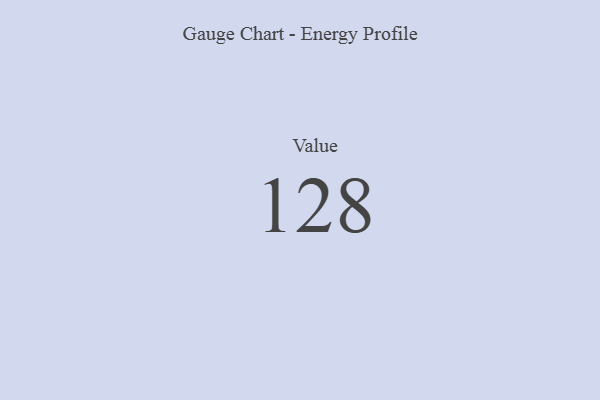
{"axis": {"x": "Metric", "y": "Value"}, "legend": [""], "data": [{"x": "Value", "y": 128, "type": ""}]}